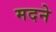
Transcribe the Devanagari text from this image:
मदने